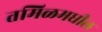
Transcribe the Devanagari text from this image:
तमिळमधील